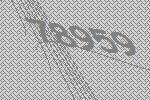
78959